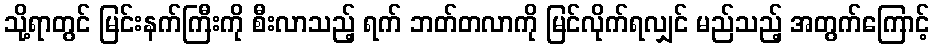
သို့ရာတွင် မြင်းနက်ကြီးကို စီးလာသည့် ရက် ဘတ်တလာကို မြင်လိုက်ရလျှင် မည်သည့် အတွက်ကြောင့်